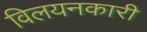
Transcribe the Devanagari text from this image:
विलयनकारी